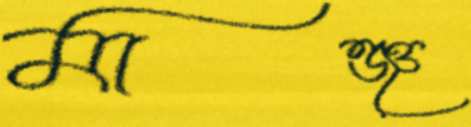
মাঞ্জু